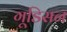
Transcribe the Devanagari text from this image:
गूडिसन